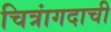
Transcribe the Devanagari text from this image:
चित्रांगदाची